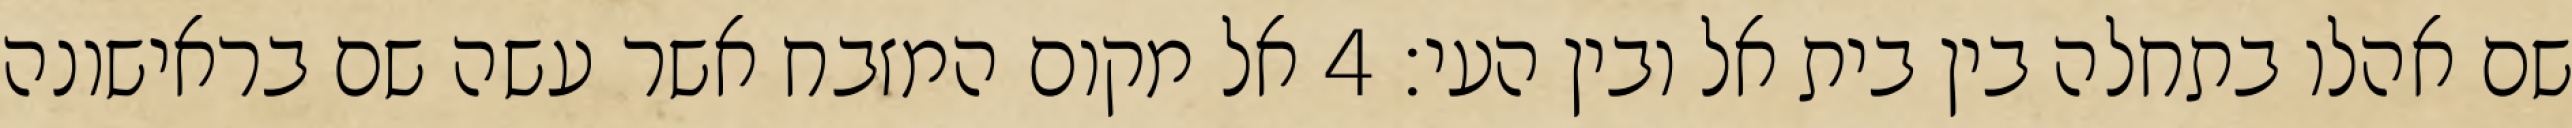
שם אהלו בתחלה בין בית אל ובין העי׃ ‎4‏ אל מקום המזבח אשר עשה שם בראישונה